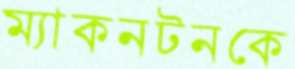
ম্যাকনটনকে